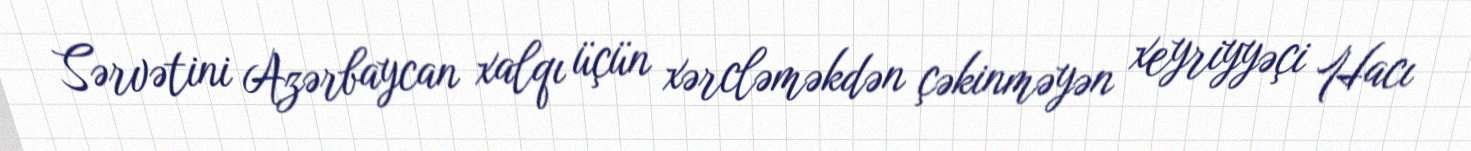
Sərvətini Azərbaycan xalqı üçün xərcləməkdən çəkinməyən xeyriyyəçi Hacı